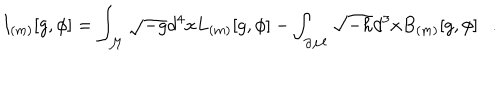
LaTeX: I _ { ( m ) } [ g , \phi ] = \int _ { \cal M } \sqrt { - g } d ^ { 4 } x L _ { ( m ) } [ g , \phi ] - \int _ { \partial { \cal M } } \sqrt { - h } d ^ { 3 } x B _ { ( m ) } [ g , \phi ] .